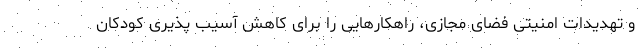
و تهدیدات امنیتی فضای مجازی، راهکارهایی را برای کاهش آسیب پذیری کودکان